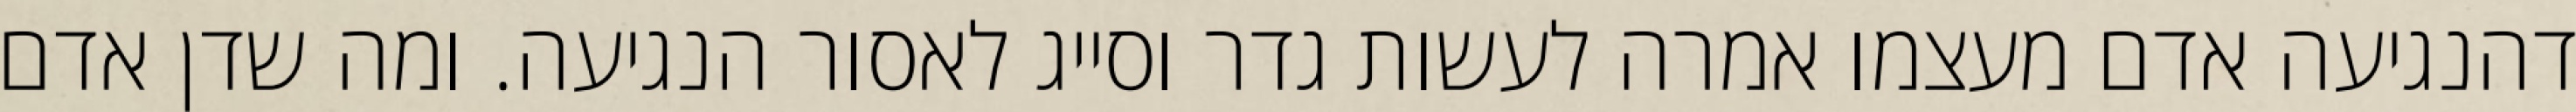
דהנגיעה אדם מעצמו אמרה לעשות גדר וסייג לאסור הנגיעה. ומה שדן אדם